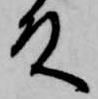
殿